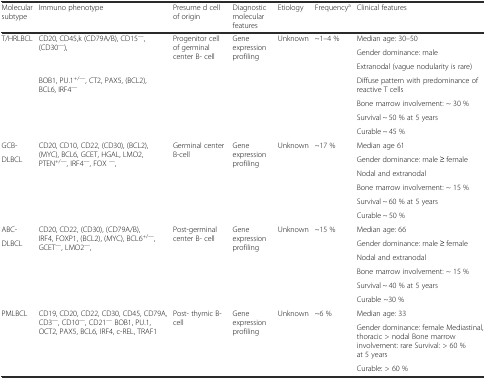
| Molecular subtype | Immuno phenotype | Presume d cell of origin | Diagnostic molecular features | Etiology | Frequencya | Clinical features |
 | --- | --- | --- | --- | --- | --- | --- |
 | <ROWSPAN=7> T/HRLBCL | <ROWSPAN=3> CD20, CD45,k (CD79A/B), CD15—, (CD30—), | <ROWSPAN=7> Progenitor cell of germinal center B- cell | <ROWSPAN=7> Gene expression profiling | <ROWSPAN=7> Unknown | <ROWSPAN=7> ~1–4 % | Median age: 30–50 |
 | Gender dominance: male |
 | Extranodal (vague nodularity is rare) |
 | <ROWSPAN=4> BOB1, PU.1+/—, CT2, PAX5, (BCL2), BCL6, IRF4— | Diffuse pattern with predominance of reactive T cells |
 | Bone marrow involvement: ~ 30 % |
 | Survival ~ 50 % at 5 years |
 | Curable ~ 45 % |
 | GCB- | <ROWSPAN=6> CD20, CD10, CD22, (CD30), (BCL2), (MYC), BCL6, GCET, HGAL, LMO2, PTEN+/—, IRF4—, FOX —, | <ROWSPAN=6> Germinal center B-cell | <ROWSPAN=6> Gene expression profiling | <ROWSPAN=6> Unknown | <ROWSPAN=6> ~17 % | Median age 61 |
 | <ROWSPAN=5> DLBCL | Gender dominance: male ≥ female |
 | Nodal and extranodal |
 | Bone marrow involvement: ~ 15 % |
 | Survival ~ 60 % at 5 years |
 | Curable ~ 50 % |
 | ABC- | <ROWSPAN=6> CD20, CD22, (CD30), (CD79A/B), IRF4, FOXP1, (BCL2), (MYC), BCL6+/—, GCET—, LMO2—, | <ROWSPAN=6> Post-germinal center B- cell | <ROWSPAN=6> Gene expression profiling | <ROWSPAN=6> Unknown | <ROWSPAN=6> ~15 % | Median age: 66 |
 | <ROWSPAN=5> DLBCL | Gender dominance: male ≥ female |
 | Nodal and extranodal |
 | Bone marrow involvement: ~ 15 % |
 | Survival ~ 40 % at 5 years |
 | Curable ~30 % |
 | <ROWSPAN=3> PMLBCL | <ROWSPAN=3> CD19, CD20, CD22, CD30, CD45, CD79A, CD3—, CD10—, CD21— BOB1, PU.1, OCT2, PAX5, BCL6, IRF4, c-REL, TRAF1 | <ROWSPAN=3> Post- thymic B- cell | <ROWSPAN=3> Gene expression profiling | <ROWSPAN=3> Unknown | <ROWSPAN=3> ~6 % | Median age: 33 |
 | Gender dominance: female Mediastinal, thoracic > nodal Bone marrow involvement: rare Survival: > 60 % at 5 years |
 | Curable: > 60 % |